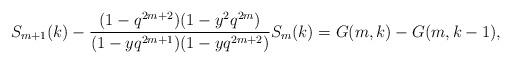
LaTeX: \begin{align*}S_{m+1}(k)-\frac{(1-q^{2m+2}) (1-y^2 q^{2m}) }{(1-y q^{2 m+1}) (1-y q^{2 m+2})}S_{m}(k)=G(m,k)-G(m,k-1),\end{align*}